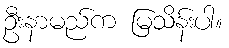
ဦးနာမည်က မြသိန်းပါ။